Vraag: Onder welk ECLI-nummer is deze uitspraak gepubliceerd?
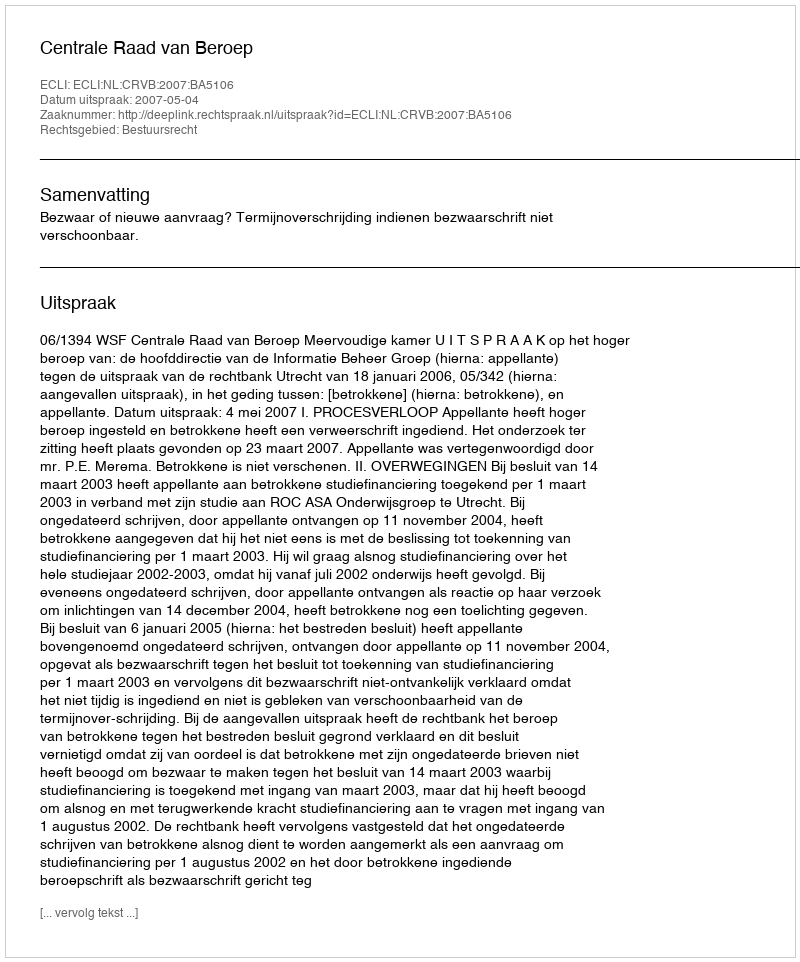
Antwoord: ECLI:NL:CRVB:2007:BA5106